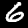
Digit: 6